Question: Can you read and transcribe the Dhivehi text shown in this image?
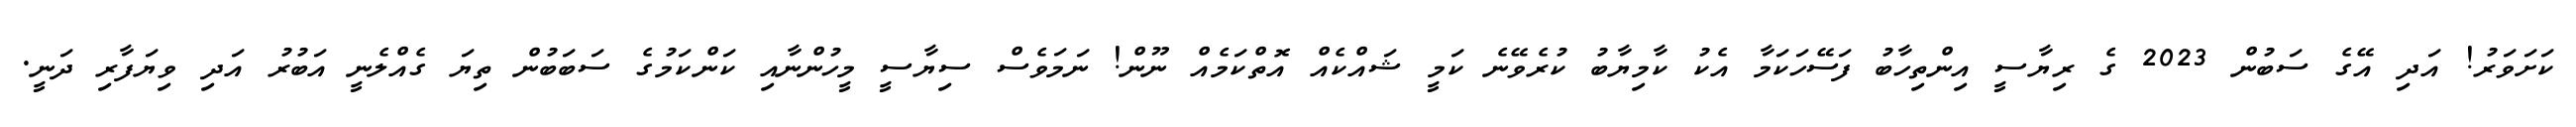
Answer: ކަށަވަރު! އަދި އޭގެ ސަބުން 2023 ގެ ރިޔާސީ އިންތިހާބު ފަސޭހަކަމާ އެކު ކާމިޔާބު ކުރެވޭނެ ކަމީ ޝައްކެއް އޮތްކަމެއް ނޫން! ނަމަވެސް ސިޔާސީ މީހުންނާއި ކަންކަމުގެ ސަބަބުން ތިޔަ ގެއްލެނީ އަބުރު އަދި ވިޔަފާރި ދަނީ.